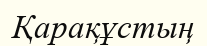
Қарақұстың